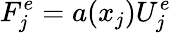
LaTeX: F_{j}^{e}=a(x_{j})U_{j}^{e}